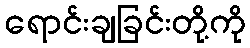
ရောင်းချခြင်းတို့ကို